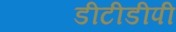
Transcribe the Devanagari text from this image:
डीटीडीपी